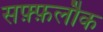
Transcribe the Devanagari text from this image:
सफ़्फ़लौक